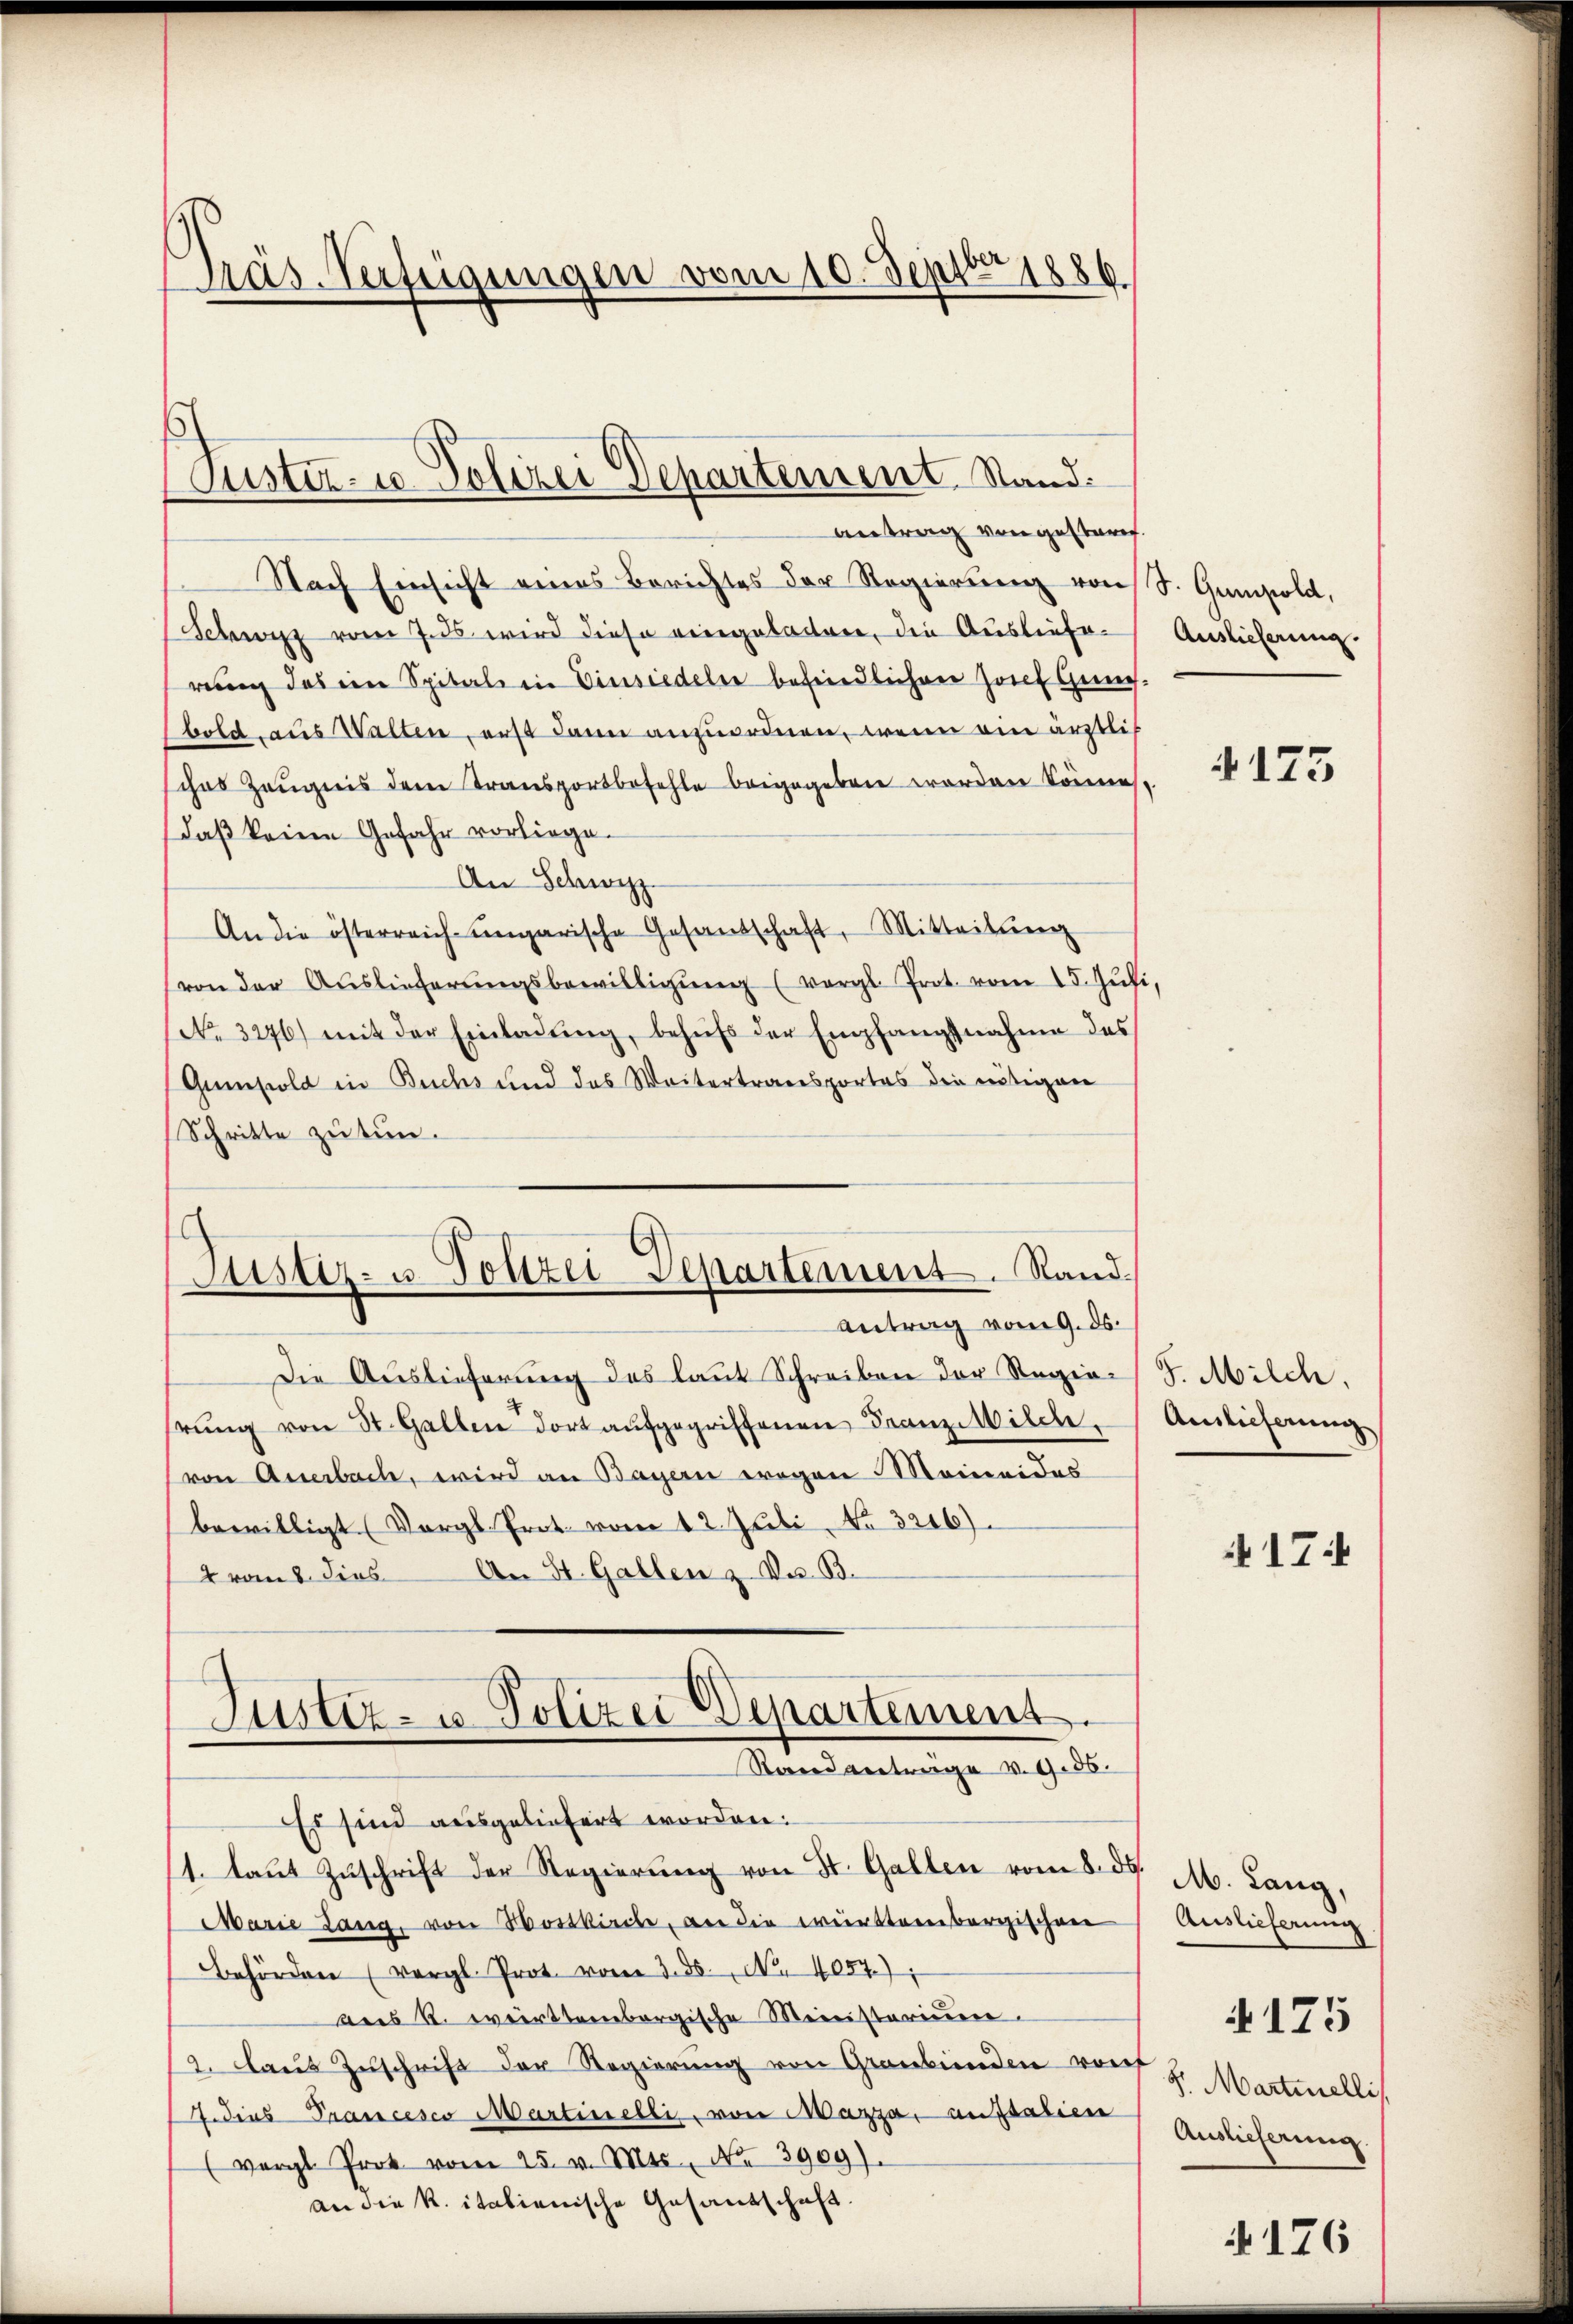
Präs. Verfügungen vom 10. Sept. 1886

Suster- u. Polizei Departement. Stand.
Antrag von gester

Randantrage v. 9. 56.

Nach Einsicht eines Berichtes der Regierung von
Schwyz vom 7. ds wird diese eingeladen, die Auslieferung des im Spital in Einsiedeln befindlichen Josef Geneh¬
(bold, aus Walten, erst dann anzuordnen, wenn ein ärztlich
sches Zeugnis dem Transportbefehle beigegeben worden könne
daß keine Gefahr vorliege.
An Schwyz
An die österreich ungarische Gesandschaft, Mitteilun
von der Auslieferŭngsbewilligŭng (vergl. Prot. vom 15. Juli
No. 3276) mit der Einladŭng, behufs der Empfangsnahme des
Gumpold in Buchs und das Weitertransportes die nötigen
Schritte zu tun.
Justiz- u. Polizei Departement. Sand¬
Antrag vom 9. ds.
Die Auslieferung des laut Schreiben der Regierŭng von St. Gallen dort aufgegriffenen Franz Wilche
von Anerbach, wird an Bayern wegen Moineides
bewilligt (Vergl. Prot. vom 12. Juli No 3216).
Traus dies An St. Gallen 3. Der B.
Justiz- u. Polizei Departement.

Es sind ausgeliefert worden.
1. laŭt Zŭschrift der Regierŭng von St. Gallen vom 8. d. M. Lang,
Marie Lang, von Hosskirche, an die württembergischen
Behörden (vergl. Prot. vom 3. ds. No 4087).
aus R. württembergische Meinisterium.
2. aŭs Zŭschrift der Regierŭng von Graubünden vorf
.dies Trancesco Martinelli, von Mazza, aussalien
(vergl. Prot vom 25. v. Mts., Nr. 3909).
an die K. italienische Gesandschaft.

S. Gumpold,
Auslieferung.

4175

F. Milch.
Auslieferung

17

Auslieferung
8. Martinelli
Auslieferung

4175

176